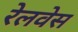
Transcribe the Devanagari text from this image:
रेलवेस